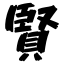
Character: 賢